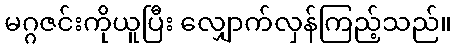
မဂ္ဂဇင်းကိုယူပြီး လျှောက်လှန်ကြည့်သည်။